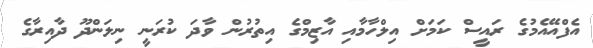
އެފްއޭއެމުގެ ރައީސް ކަމަށް އިލްހާމާއި އާޒިމްގެ އިތުރުން ވާދަ ކުރަނީ ނިލަންދޫ ދާއިރާގެ